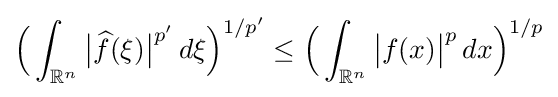
{\Big (}\int _{\mathbb {R} ^{n}}{\big |}{\widehat {f}}(\xi ){\big |}^{p'}\,d\xi {\Big )}^{1/p'}\leq {\Big (}\int _{\mathbb {R} ^{n}}{\big |}f(x){\big |}^{p}\,dx{\Big )}^{1/p}